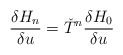
\begin{align*}{\delta H_n \over \delta u}= {\check T}^n{\delta H_0 \over \delta u}\end{align*}